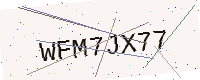
Text: WFM7JX77